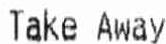
TAKE AWAY